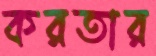
করতার